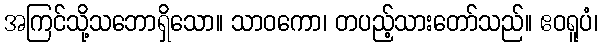
အကြင်သို့သဘောရှိသော။ သာဝကော၊ တပည့်သားတော်သည်။ ဧဝရူပံ၊